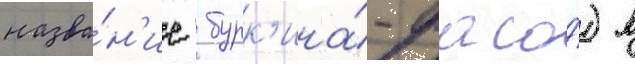
назва́н'ие  бурк'ина́-фасо́) в